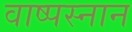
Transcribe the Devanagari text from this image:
वाष्पस्नान